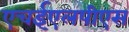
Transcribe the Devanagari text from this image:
एचईएलपीएस